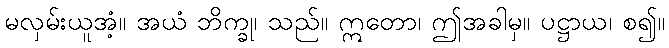
မလှမ်းယူအံ့။ အယံ ဘိက္ခု၊ သည်။ ဣတော၊ ဤအခါမှ။ ပဋ္ဌာယ၊ စ၍။